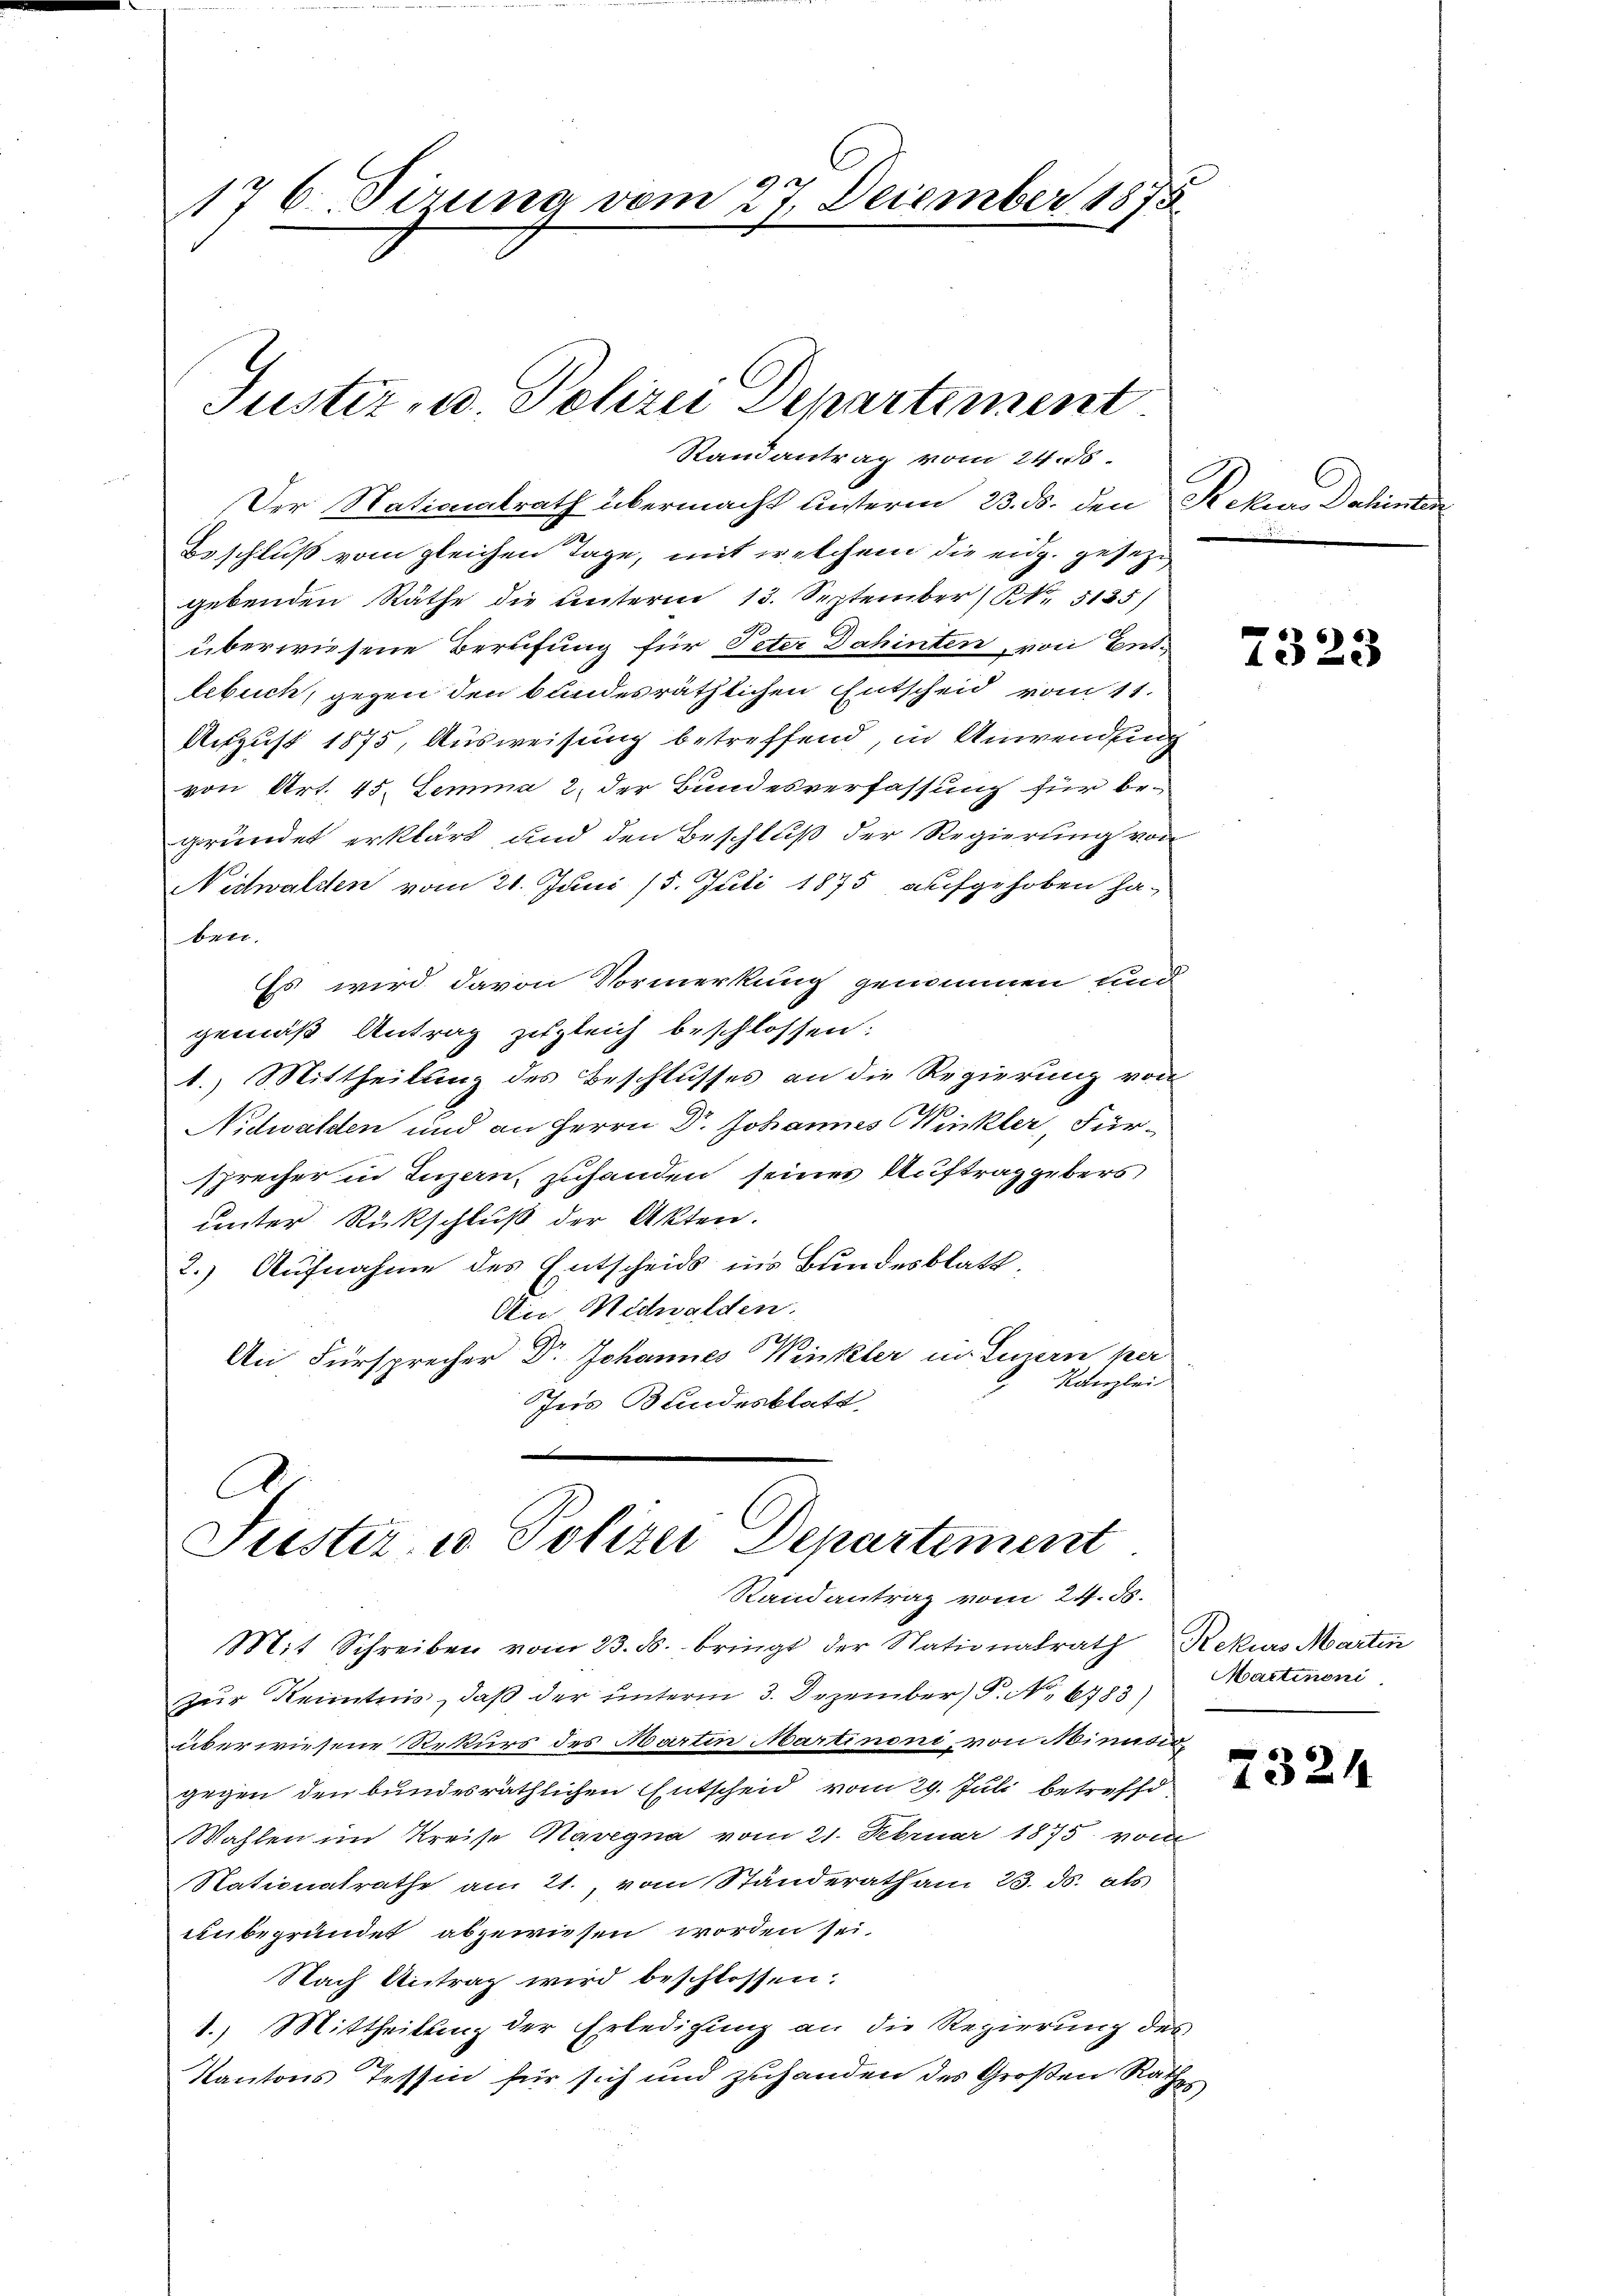
176. Pirung vom 27. December 1875.

Justiz- u. Polizei Departement
Randantrag vom 24. 58.

Der Nationalrath übermacht unterm 23. ds. den Rekurs Dahinten
Beschluß vom gleichen Tage, mit welchem die eidg. gesezi
gebenden Räthe die Unterm 13. September No. 5125)
überwiesene Berufung für Peter Dahinten, von Ent-
lebuch, gegen den bundesräthlichen Entscheid vom 11.
August 1875, Ausweisung betreffend, in Anwendung
von Art. 45. Lemma 2. der Bundesverfassung für begründet erklärt und den Beschluß der Regierung von
Nidwalden vom 21. Juni 15. Juli 1875, aufgehoben ha-
ben.
Es wird davon Vormerkung genommen und
gemäß Antrag zugleich beschlossen:
1.) Mittheilung des Beschlusses an die Regierung von
Nidwalden und an Herrn Dr. Johannes Winkler, Fürsprecher in Luzern, zuhanden seines Auftrag gebers
unter Rückschluß der Akten.
2.) Aufnahme des Entscheids ins Bundesblatt.
Die Nidwalden.
110
An Fürsprecher Dr. Johannes Winkler in Luzern per
Kanzlei
Ins Bundesblatt,

C
Jüster u. Polizei Departement
Randantrag vom 24. ds.

Mit Schreiben vom 23. ds. bringt der Stationalrath Rekurs Martin
zur Kenntnis, daß der unterm 3. Dezember) P. Nr. 6783)
überwiesene Rekurs des Martin Martinoni, von Minutio
gegen den bundesräthlichen Entscheid vom 29. Juli betreff
Wahlen im Kreise Mavegna vom 21. Februar 1875 vom
Nationalrathe am 21., vom Ständerath am 23. ds. als
unbegründet abgewiesen worden sei.
Nach Antrag wird beschlossen:
1.) Mittheilung der Erledigung an die Regierung des
Kantons Tessin für sich und zuhanden des Großen Rath

7323

Martinoni

2324